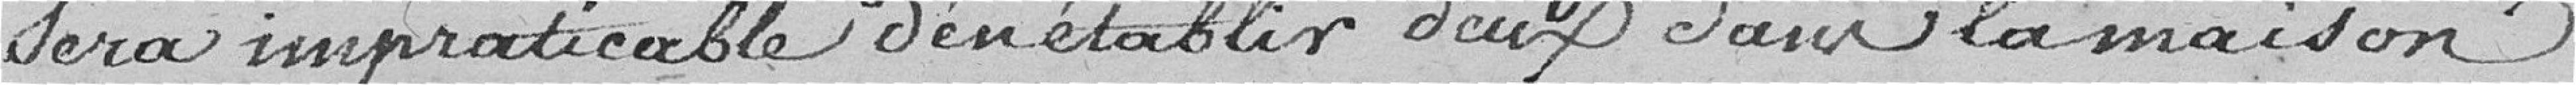
sera impraticable d'en établir deux dans la maison